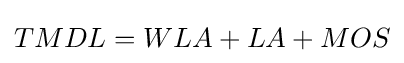
TMDL=WLA+LA+MOS